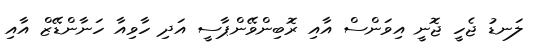
ލަނޑު ޖެހީ ޖޮނީ އިވަންސް އާއި ރޮބިންވޭންޕާސީ އަދި ހާވިއާ ހަނާންޑޭޒް އާއި